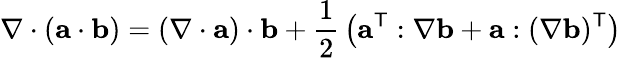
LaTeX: \nabla\cdot(\mathbf{a}\cdot\mathbf{b})=(\nabla\cdot\mathbf{a})\cdot\mathbf{b}+{\frac{1}{2}}\left(\mathbf{a}^{\mathsf{T}}:\nabla\mathbf{b}+\mathbf{a}:(\nabla\mathbf{b})^{\mathsf{T}}\right)